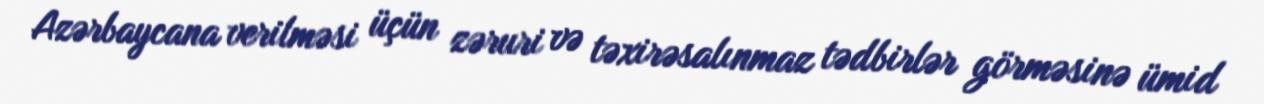
Azərbaycana verilməsi üçün zəruri və təxirəsalınmaz tədbirlər görməsinə ümid